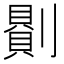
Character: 𠟻